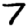
Digit: 7